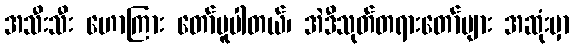
အသီးသီး ဟောကြား တော်မူပါတယ်၊ အဲဒီသုတ်တရားတော်များ အဆုံးမှာ